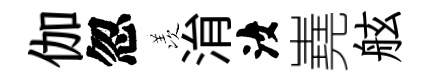
伽忽羡㳙汝嶤舷